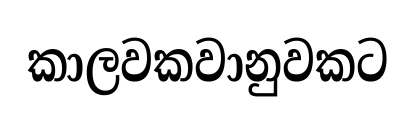
කාලවකවානුවකට